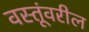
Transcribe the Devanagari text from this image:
वस्तूंवरील